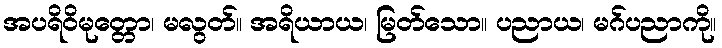
အပရိဝိမုတ္တော၊ မလွတ်။ အရိယာယ၊ မြတ်သော။ ပညာယ၊ မဂ်ပညာကို။